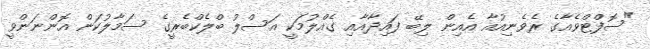
"ސޮފްޓްވެއާގެ ރެވެނިއުއާ އެއިން ލިބޭ ފައިދާއާއި ގެއްލުމަކީ އަސްލު ބްލެކްބެރީގެ ސަމާލުކަން އޮންނަންވީ